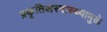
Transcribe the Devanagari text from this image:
प्रकृतिअस्वास्थ्यामुळे